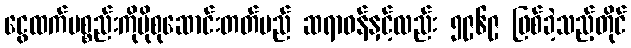
ငွေထက်ပစ္စည်းကိုပိုစုဆောင်းတတ်မည် ဆရာဝန်နှင့်လည်း ၅၉၆၉ ဖြစ်ခဲ့သည့်တိုင်